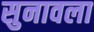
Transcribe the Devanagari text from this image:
सुनावला